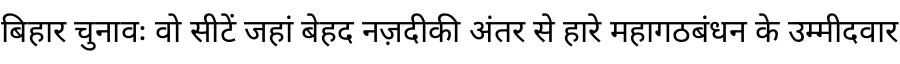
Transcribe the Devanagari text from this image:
बिहार चुनावः वो सीटें जहां बेहद नज़दीकी अंतर से हारे महागठबंधन के उम्मीदवार